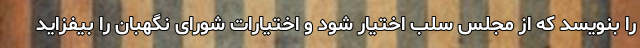
را بنویسد که از مجلس سلب اختیار شود و اختیارات شورای نگهبان را بیفزاید